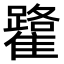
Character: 𩁐